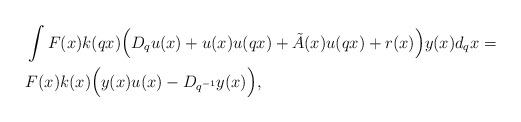
LaTeX: \begin{align*} &\int F(x) k(qx) \Big( D_q u(x)+ u(x) u(qx)+ \tilde{A}(x) u(qx)+r(x)\Big)y(x) d_qx = \\& F(x) k(x) \Big( y(x)u(x) - D_{q^{-1}}y(x)\Big),\end{align*}